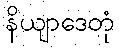
နိယျာဒေတုံ